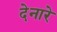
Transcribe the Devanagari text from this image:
देनारे